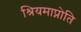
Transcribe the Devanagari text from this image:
श्रियमाप्नोति